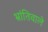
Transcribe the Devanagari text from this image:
भ्रांतिवाले